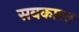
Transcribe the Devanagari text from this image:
सबकास्त